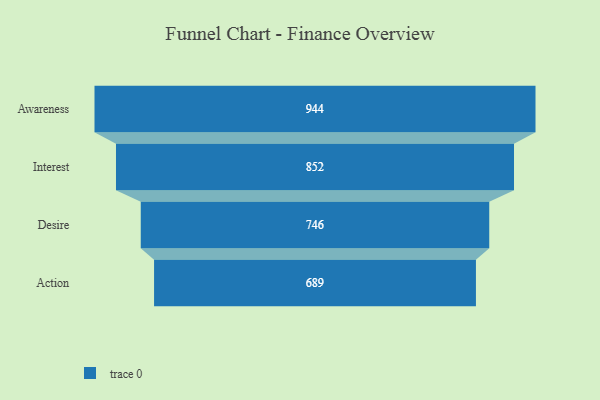
{"axis": {"x": "Stage", "y": "Value"}, "legend": [""], "data": [{"x": "Awareness", "y": 944.0, "type": ""}, {"x": "Interest", "y": 852.0, "type": ""}, {"x": "Desire", "y": 746.0, "type": ""}, {"x": "Action", "y": 689.0, "type": ""}]}